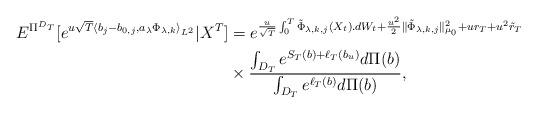
LaTeX: \begin{align*}E^{\Pi^{D_T}}[e^{u\sqrt{T}\langle b_j-b_{0,j},a_\lambda \Phi_{\lambda,k}\rangle_{L^2}} |X^{T}] & = e^{\frac{u}{\sqrt{T}} \int_0^T \tilde{\Phi}_{\lambda,k,j} (X_t).dW_t + \frac{u^2}{2}\|\tilde{\Phi}_{\lambda,k,j}\|_{\mu_0}^2 + ur_T + u^2\tilde{r}_T} \\& \times \frac{\int_{D_T} e^{S_T(b) + \ell_T(b_u)} d\Pi(b)}{\int_{D_T} e^{\ell_T(b)} d\Pi(b)},\end{align*}